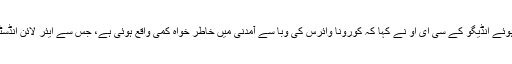
تنخواہوں میں کٹوتی کا اعلان کرتے ہوئے انڈیگو کے سی ای او نے کہا کہ کورونا وائرس کی وبا سے آمدنی میں خاطر خواہ کمی واقع ہوئی ہے، جس سے ایئر لائن انڈسٹری کا وجود خطرے میں پڑ گیا ہے۔